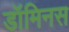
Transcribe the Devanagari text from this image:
डॉमिनस